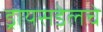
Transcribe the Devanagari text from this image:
ड्रायसडेलचे